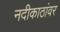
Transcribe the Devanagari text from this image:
नदीकाठांवर